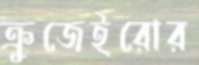
ক্রুজেইরোর